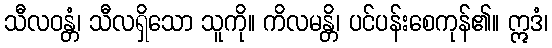
သီလဝန္တံ၊ သီလရှိသော သူကို။ ကိလမန္တိ၊ ပင်ပန်းစေကုန်၏။ ဣဒံ၊